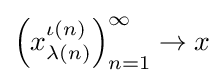
\left(x_{\lambda (n)}^{\iota (n)}\right)_{n=1}^{\infty }\to x